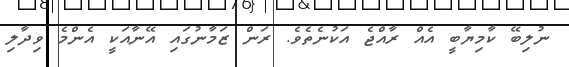
ނުލިބޭ ކާމިޔާބީ އެއް ރާއްޖެ އަކުނެތެވެ. ރަން ޒަމާނުގައި އޭނާއަކީ އެންމެ ވިދާލި